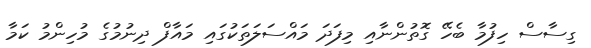
ގިސާސް ހިފުމާ ބެހޭ ގޮތުންނާއި މިފަދަ މައްސަލަތަކުގައި މައާފް ދިނުމުގެ މުހިންމު ކަމާ